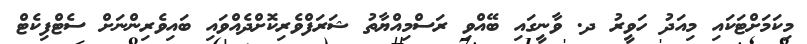
މިކަމަށްޓަކައި މިއަދު ހަވީރު ދ. ވާނީގައި ބޭއްވި ރަސްމިއްޔާތު ޝަރަފްވެރިކޮށްދެއްވައި ބައިވެރިންނަށް ސެޓްފިކެޓް